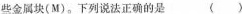
些金属块（M）。下列说法正确的是 （）